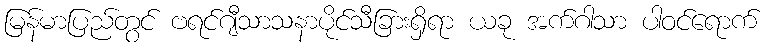
မြန်မာပြည်တွင် ဗရင်ဂျီသာသနာပိုင်သီခြားရှိရာ ယခု အက်ဂါသာ ပါဝင်ရောက်